system: You are a helpful assistant.
user:
Analyze the provided spectrum to determine if it is a **M-type Giant (gM)**.

A M-type Giant spectrum is defined by its **strong molecular absorption** features, particularly from **Titanium Oxide (TiO)**. You must check for one of the following mutually exclusive signatures:

- **Key Visual Indicators (Absorption-Dominated Spectrum):**

    - **(Primary):** The spectrum is dominated by strong molecular absorption from **Titanium Oxide (TiO)**. This is the **defining feature** of its M-type temperature class.
        - **(Key Bandheads):** Look for sharp, "saw-tooth" absorption valleys. The strongest are located near **~7050 Å**, **~6160 Å**, and **~5170 Å**.
        - **(Line Profile):** The "saw-tooth" morphology is critical: a **sharp, steep drop on the BLUE (short-wavelength) side** of the bandhead, followed by a gradual recovery (rising flux) towards the RED (long-wavelength) side.

    - **(Key Confirmation - Giant vs. Dwarf):** **ABSENCE** of strong **Calcium Hydride (CaH)** molecular bands. This is the primary diagnostic for *excluding* M-dwarfs.
        - **(Key Region):** The spectrum should lack the strong, broad absorption band seen in dwarfs between **~6800 Å and ~7000 Å**.

    - **(Secondary Confirmation - Giant):** A very strong and broad **Neutral Calcium (Ca I)** atomic absorption line.
        - **(Key Line):** Located at **~4226 Å**. In a giant (gM), this line is significantly deeper and broader than the same line in an M-dwarf (dM) due to low surface gravity.

    - **(Overall Spectrum):**
        - The continuum is **extremely red-sloping** (i.e., flux is very low in the blue and rises dramatically towards the red).
        - The entire spectrum appears "chopped up" by the deep TiO bands.

Think first, call **spectral_visualization_tool** if needed to examine features in detail, then provide your final answer. Your response must adhere to the following strict rules:
1.  **Overall Structure:** Your response must follow the format `<think>...</think> <tool_call>...</tool_call> (if a tool is used) <answer>...</answer>`.
2.  **Tool Usage Constraint:** You may only make **one** tool call per turn.
3.  **Final Answer Format:** In the `<answer>` tag, your conclusion must be inside a `\boxed{}` command (e.g., `\boxed{YES}` or `\boxed{NO}`), followed by your justification.

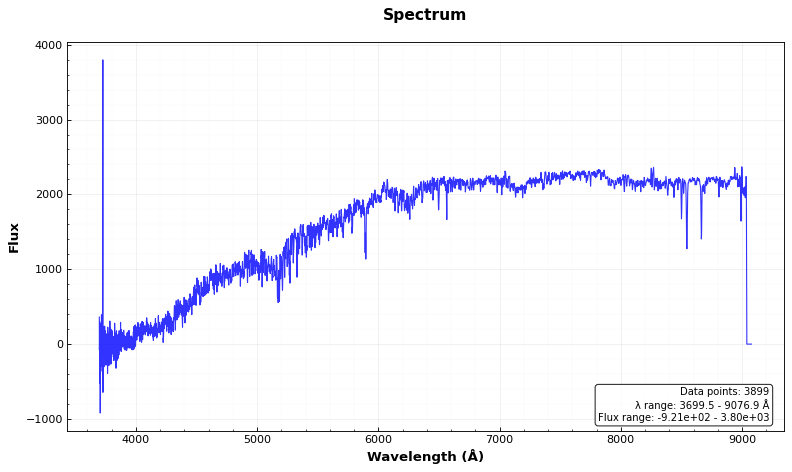
Answer: NO